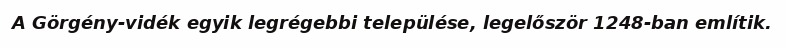
A Görgény-vidék egyik legrégebbi települése, legelőször 1248-ban említik.